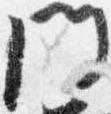
門